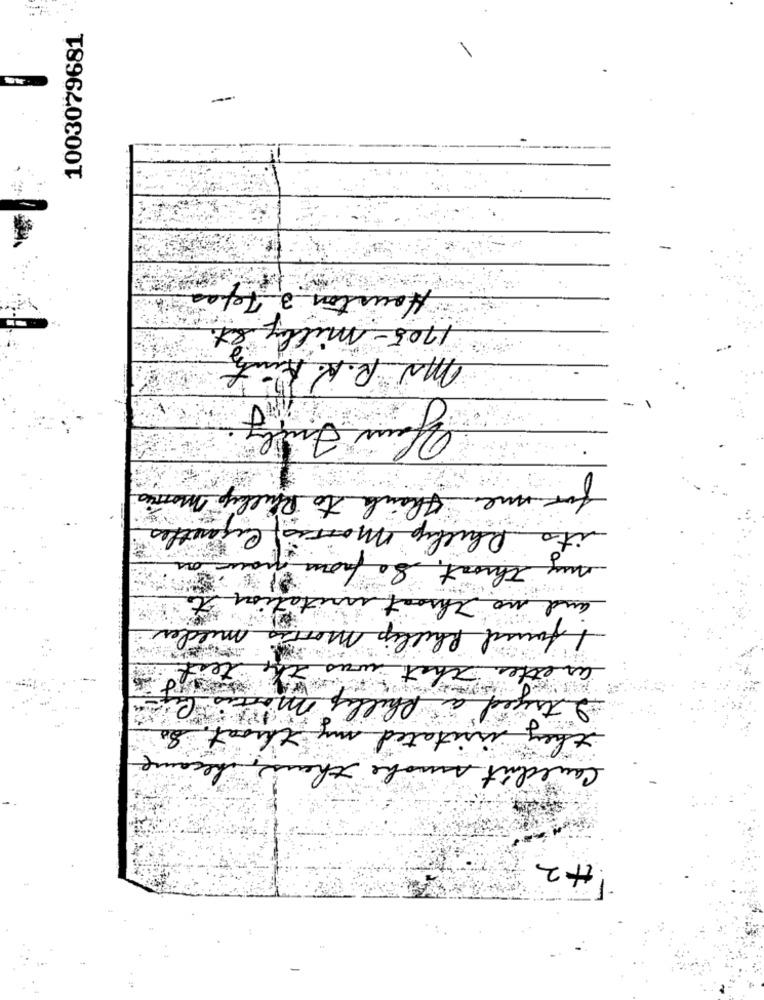
1003079681
Houston 2 Jefa
1705 - milly et
Mr R.K. Kurth
for me think to Phillip Morris
its Phillip Mos
oui
my throat ..
tation
and no the
mildes
1 found Phillip M
aretter That i
te
Phillip morris C
2 tried
they irritated my throat, So
Couldn't smoke the
#2